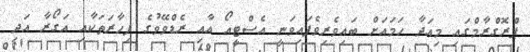
ޕްރޮގްރާމްގައި މިއަދާ ހަމައަށް ބައިވެރިވެފައިވަނީ އެސްޓީއޯ އާއި ރެޑްވޭވުގެ ފިހާރަތަކާއި އަގޯރާ އަދި